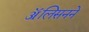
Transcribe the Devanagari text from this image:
ॲलिसनने